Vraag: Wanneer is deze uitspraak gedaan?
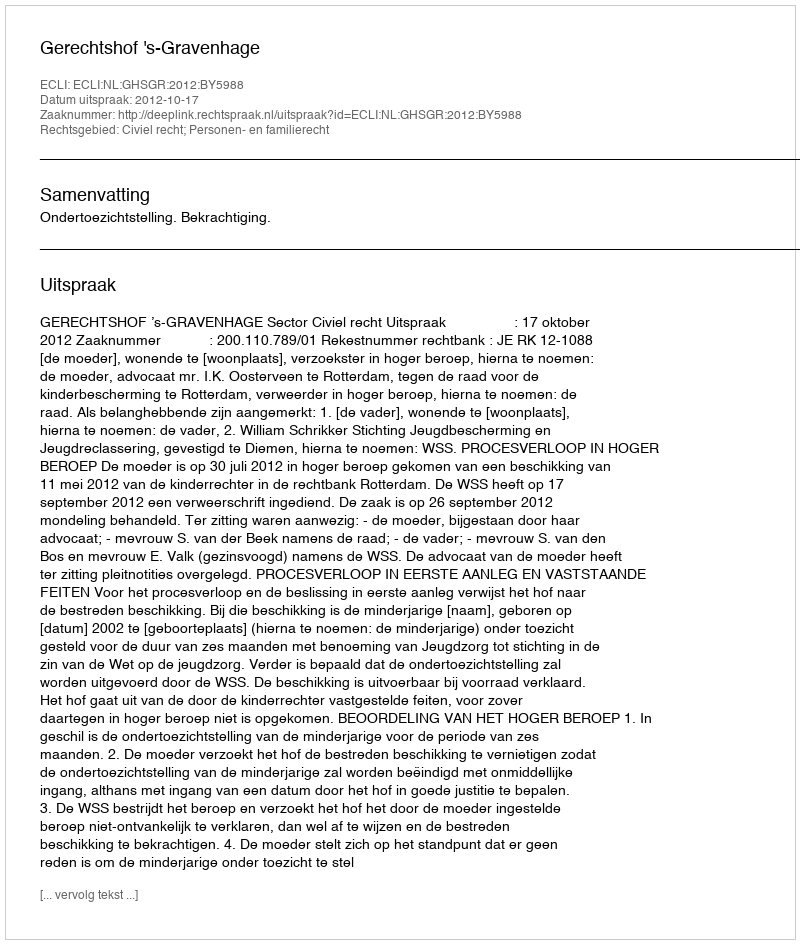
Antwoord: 2012-10-17